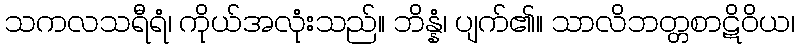
သကလသရီရံ၊ ကိုယ်အလုံးသည်။ ဘိန္နံ၊ ပျက်၏။ သာလိဘတ္တစာဋိဝိယ၊